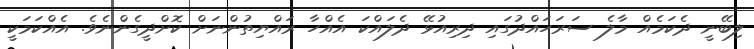
ލިބޭނީ ދެކަމެއް މާލެ ސަރަހައްދުގައި ދިރިއުޅޭ ދެލައްކަ އެއްހާ ރައްޔިތުންނަށް ކޮށްދީގެންނެވެ. އެއްކަމަކީ